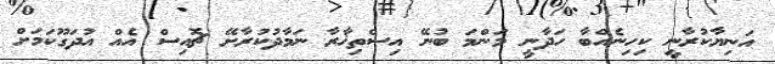
އަނިޔާކުރާނީ ކިހިނެއްބާ ހަދާނީ މަންމަ ބުނޭ އިސްތިޚާރާ ނަމާދުކުރާށޭ ޗޮއިސް އެއް އުދަގޫކަމަށް